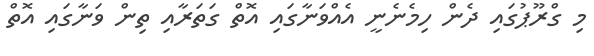
މި ގްރޫޕުގައި ދެން ހިމެނެނީ އެއްވަނާގައި އޮތް ގަތަރާއި ތިން ވަނާގައި އޮތް